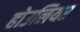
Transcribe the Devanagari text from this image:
होउलियर